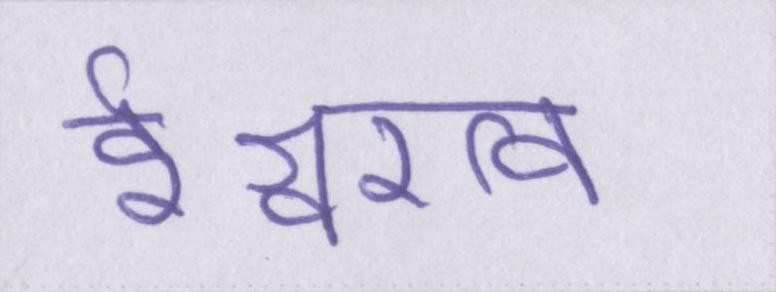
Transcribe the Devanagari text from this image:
ईश्वरत्व